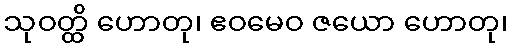
သုဝတ္ထိ ဟောတု၊ ဧဝမေဝ ဇယော ဟောတု၊